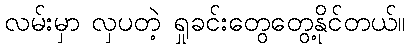
လမ်းမှာ လှပတဲ့ ရှုခင်းတွေတွေ့နိုင်တယ်။